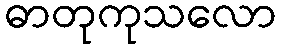
ဓာတုကုသလော